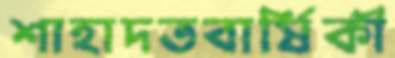
শাহাদতবার্ষিকী